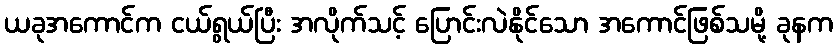
ယခုအကောင်က ငယ်ရွယ်ပြီး အလိုက်သင့် ပြောင်းလဲနိုင်သော အကောင်ဖြစ်သမို့ ခုနက